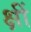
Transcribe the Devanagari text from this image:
क्षीं